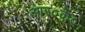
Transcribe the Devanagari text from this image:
आर०के०